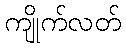
ကျိုက်လတ်